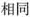
相同